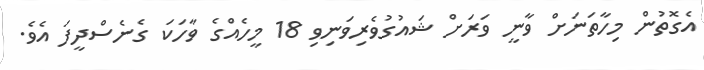
އެގޮތުން މިހާތަނަށް ވާނީ ވަރަށް ޝައުގުވެރިވަނިވި 18 މީހެއްގެ ވާހަކަ ގެނެސްދީފަ އެވެ.